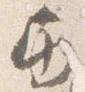
巻